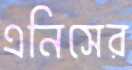
এনিসের